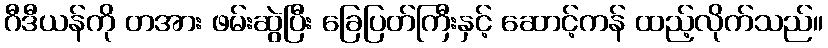
ဂီဒီယန်ကို တအား ဖမ်းဆွဲပြီး ခြေပြတ်ကြီးနှင့် ဆောင့်ကန် ထည့်လိုက်သည်။